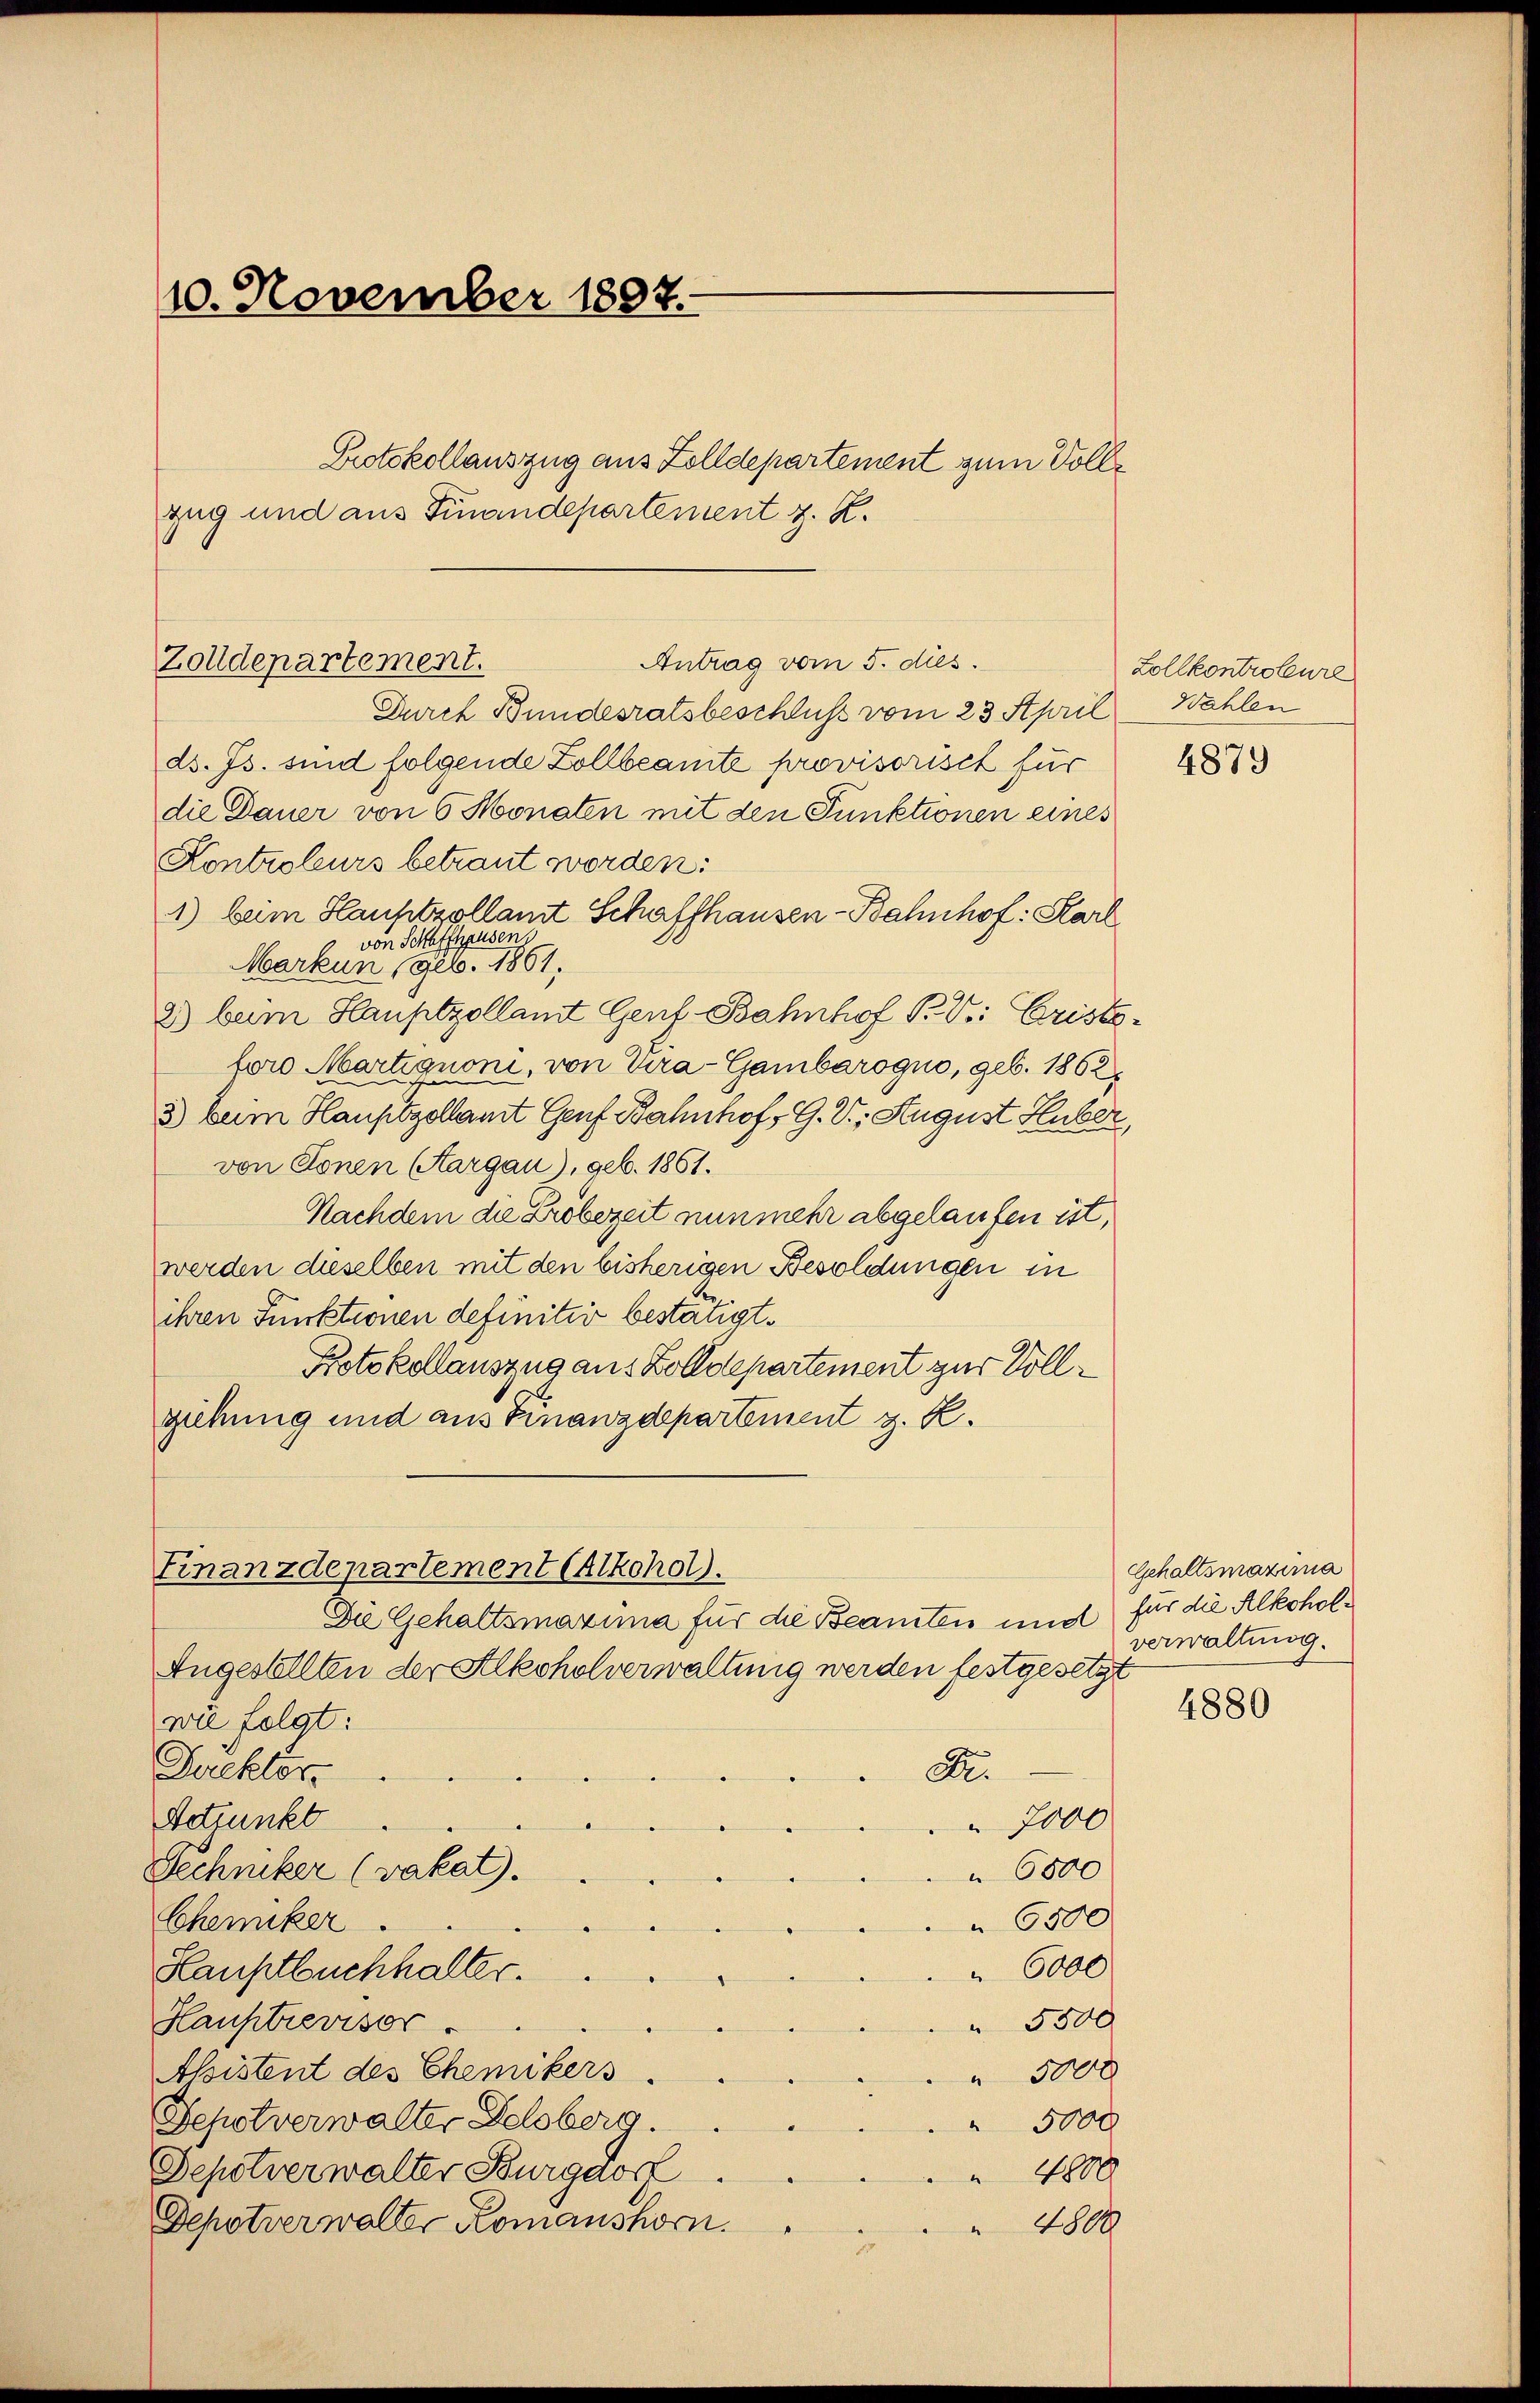
10. November 1897.
Protokollauszug aus Zolldepartement zum Vollzug und aus Finandepartement z. R.

Antrag vom 5. dies
Zolldepartement.

Finanzdepartement Alkohol.
Die Gehaltsmaxima für die Beamten und

Durch Bundesratsbeschluss vom 23. April. Wahlen
ds. Js. sind folgende Zollbeamte provisorisch für
die Dauer von 6 Monaten mit den Punktionen eines
Kontroleurs betraut worden:
1) beim Hauptzollamt Schaffhausen - Bahnhof: Karl
von Schaffhausen,
Markun, geb. 1861.
2) beim Hauptzollamt Genf-Bahnhof P. V. Cristoforo Martignoni, von Tra-Gambarogno, geb. 1862,
3) beim Hauptzollamt Genf Bahnhof, G. V., August Huber,
von Conen Aargau), geb. 1861.
Nachdem die Probezeit nunmehr abgelaufen ist,
werden dieselben mit den bisherigen Besoldungen in
ihren Funktionen definitiv bestätigt.
Protokollauszug aus Zolldepartement zur Vollgiebung und aus Finanzdepartement z. R.

Angestellten der Alkoholverwaltung werden festgesetzt
wie folgt:
A.
Direktor
Betrunkt
7000
Dechniker (vakat).
6500
Chemiker.
" 6000
Hauptbuchhalter.
Hauptrevisor
 5500
Aßistent des Chemikers
 5000
Sepotverwalter Felsberg.
5000
Depotverwalter Burgdorf
 4800
Depotverwalter Romanshorn.
 4800

6500

Zollkontroleure

4879

Gehaltsmaxima
für die Alkoholverwaltung.

4880